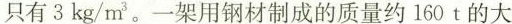
只有3kg/m{3.一架用钢材制成的质量约160t的大